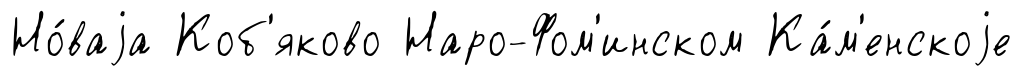
Но́ваjа Коб'яково Наро-Фом'инском Ка́м'енскоjе